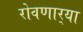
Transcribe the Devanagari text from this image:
रोवणार्‍या